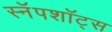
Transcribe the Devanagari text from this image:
स्नॅपशॉट्स